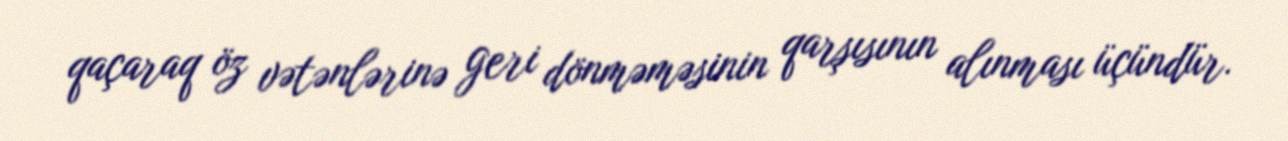
qaçaraq öz vətənlərinə geri dönməməsinin qarşısının alınması üçündür.